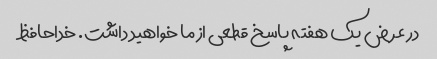
در عرض یک هفته پاسخ قطعی از ما خواهید داشت. خداحافظ